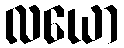
လယော